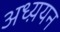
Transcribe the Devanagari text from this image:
अध्य़यन